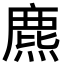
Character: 麃